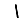
Digit: 1